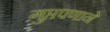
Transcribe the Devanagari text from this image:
गुप्तपणाने